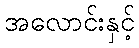
အလောင်းနှင့်